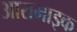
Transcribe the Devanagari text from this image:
आरामाइक